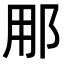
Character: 𮟳